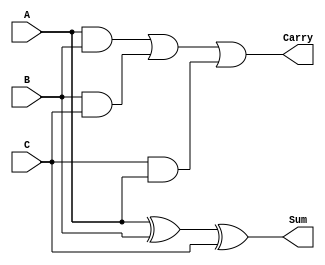
module CSA_3input (
    input [31:0] A, // 32-bit input A
    input [31:0] B, // 32-bit input B
    input [31:0] C, // 32-bit input C
    output [31:0] Sum, // 32-bit Sum output
    output [31:0] Carry // 32-bit Carry output
);
    assign Sum = A ^ B ^ C; // Sum = A XOR B XOR C
    assign Carry = (A & B) | (B & C) | (C & A); // Carry = (A AND B) OR (B AND C) OR (C AND A)
endmodule